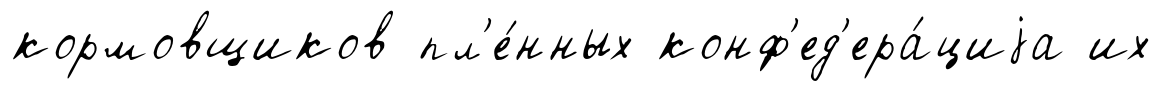
кормовщиков пл'е́нных конф'ед'ера́циjа их